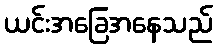
ယင်းအခြေအနေသည်